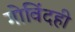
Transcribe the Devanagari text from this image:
गोविंदही